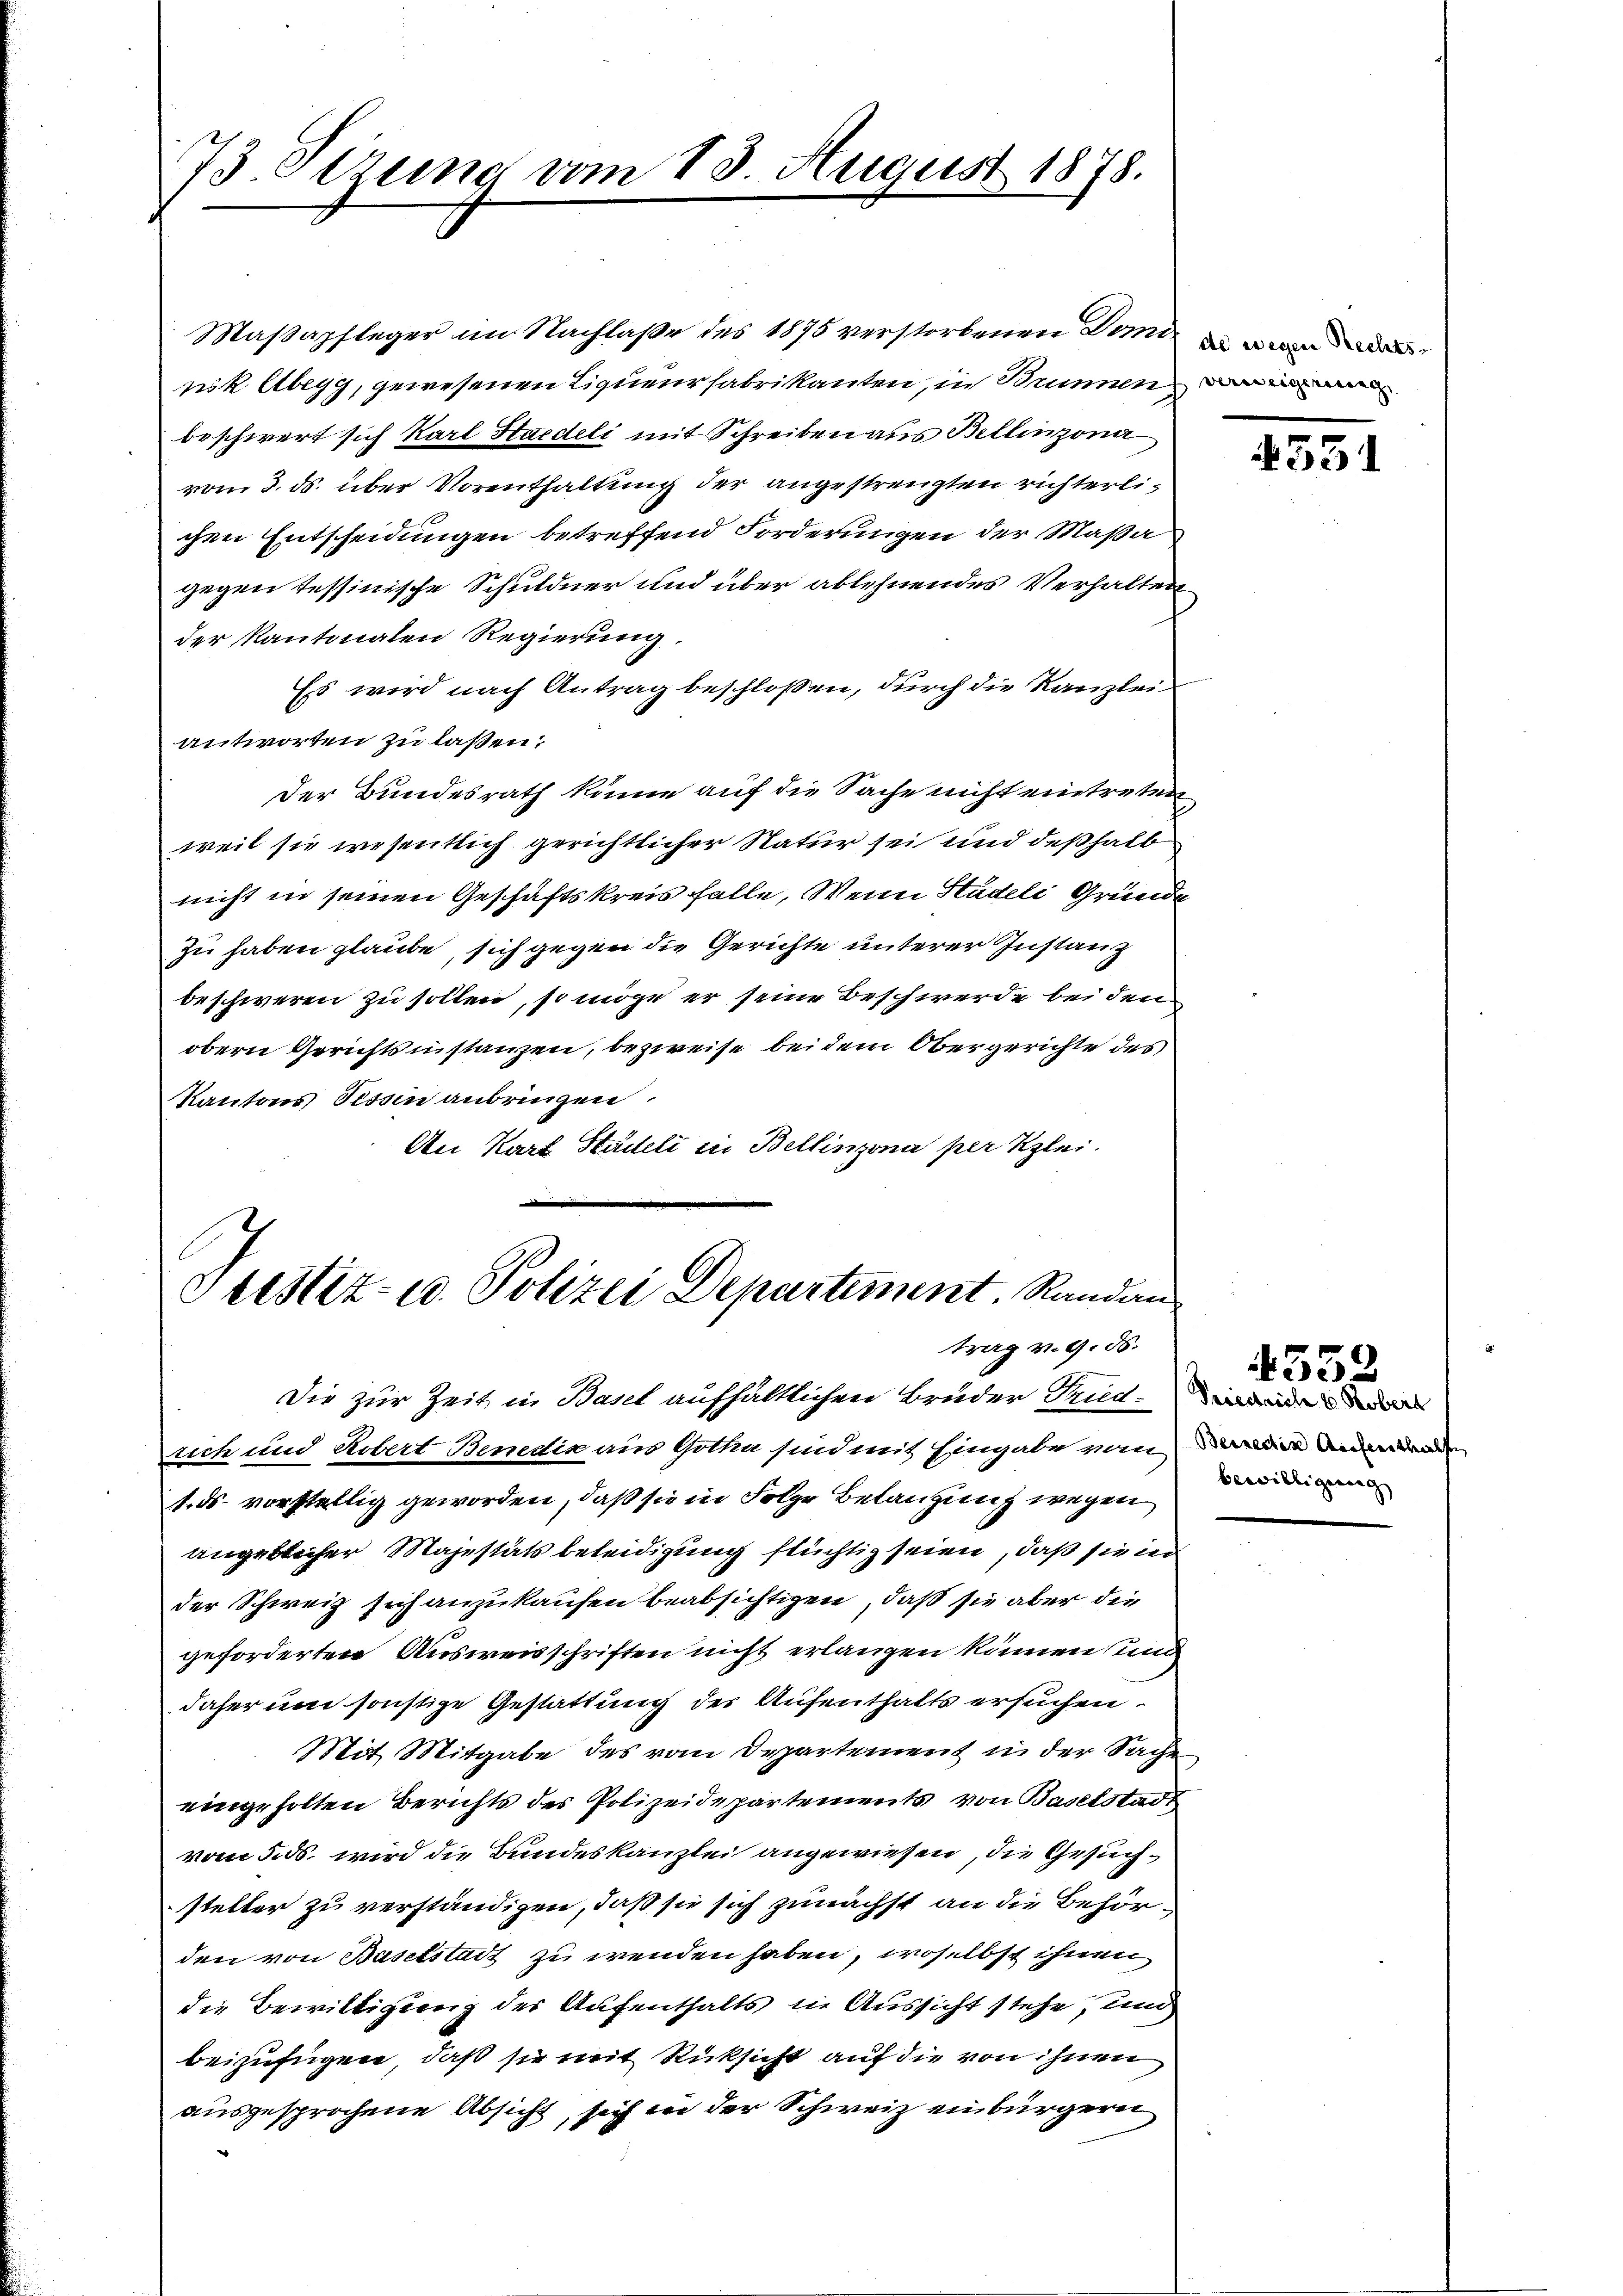
73 Setzung vom 13. August 1878.

Maßapfleger im Nachlaße des 1875 verstorbenen Domin
nik Abegg, gewesenen Liquenz fabrikanten, in Brunnen
beschwert sich Karl Haideli mit Schreiben aus Bellinzona
vom 3. ds. über Vorenthaltung der angestrengten richterlichen Entscheidungen betreffend Forderungen der Maßa
gegen tessinische Schuldner und über ablehnendes Verhalten
der Kantonalen Regierung.
Ess wird nach Antrag beschlossen, durch die Kanzlei
antworten zu laßen;
Der Bundesrath könne auf die Sache nicht eintreten
weil sie wesentlich gerichtlicher Natur sei und deßhalb
nicht in seinen Geschäftskreis falle, Wenn Stadeli Gründe
zu haben glaube, sich gegen die Gerichte unterer Zustanz
beschweren zu sollen, so möge er seine Beschwerde bei den
obern Gerichtsinstanzen, bezweife bei dem Obergerichte des
Kantons Tessin anbringen.
An Karl Stächteli in Bellinzona per Klei¬

Stistiz- u. Polizei Departement. Randan
trag v. 9. ds.

Die zur Zeit in Basel aufhältlichen Bruder Tit.
rich und Robert Benedia aus Gotha sind mit Eingabe vom Die andenden
1. ds. vorstellig geworden, daß sie in Folge Belangung wegen
angeblicher Majestäts beleidigung flüchtig seien, daß sie in
der Schweiz Erchanzukaufen beabsichtigen, daß sie aber die
geforderten Ausweisschriften nicht erlangen können und
daher um sonstige Gestattung der Aufenthalts ersuchen.
Mit Mitgabe des vom Departement in der Sache
eingeholten Berichts des Polizeidepartements von Baselstadt
vom 5. ds. wird die Bundeskanzlei angewiesen, die Gesuchsteller zu verständigen, daß sie sich zunächst an die Behörden von Baselstadt zu wenden haben, woselbst ihnen
die Bewilligung der Aufenthalts die Aussicht stehe, und
beizufügen, daß sie mit Rücksicht auf die von ihnen
ausgesprochene Absicht, sich in der Schweiz einbürgeren

453.

4552
bewilligung